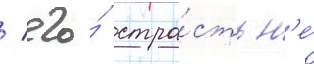
/ его́ стра́сть н'е́